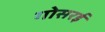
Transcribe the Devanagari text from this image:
गोसरई